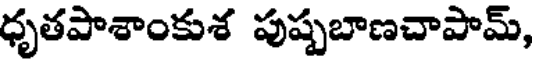
ధృతపాశాంకుశ పుష్పబాణచాపామ్,